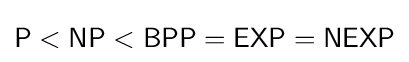
{\mathsf {P<NP<BPP=EXP=NEXP}}